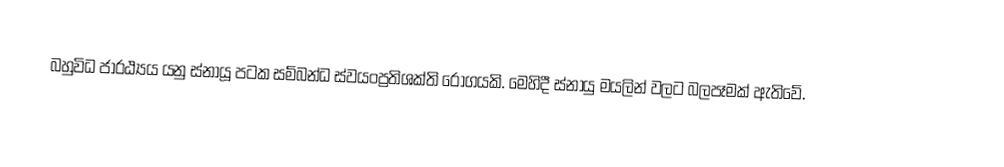
බහුවිධ ජාරඨ්‍යය යනු ස්නායූ පටක සම්බන්ධ ස්වයංප්‍රතිශක්ති රෝගයකි. මෙහිදී ස්නායු මයලින් වලට බලපෑමක් ඇතිවේ.